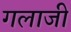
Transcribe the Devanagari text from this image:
गलाजी